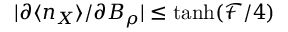
| \partial \langle n _ { X } \rangle / \partial B _ { \rho } | \leq \operatorname { t a n h } ( \mathcal { F } / 4 )